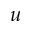
u